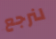
لنرجع